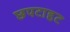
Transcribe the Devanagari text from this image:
छपटाहट